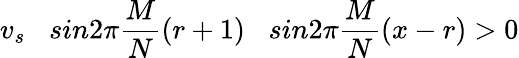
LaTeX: v_{s}\; \; \; sin2\pi\frac{M}{N}(r+1)\; \; \; sin2\pi\frac{M}{N}(x-r)>0